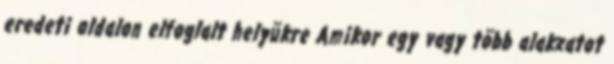
eredeti oldalon elfoglalt helyükre Amikor egy vagy több alakzatot